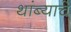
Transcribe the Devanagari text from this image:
थांब्याचे